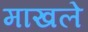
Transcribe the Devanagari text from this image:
माखले